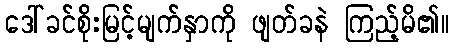
ဒေါ်ခင်စိုးမြင့်မျက်နှာကို ဖျတ်ခနဲ ကြည့်မိ၏။